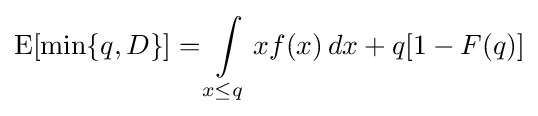
\operatorname {E} [\min\{q,D\}]=\int \limits _{x\leq q}xf(x)\,dx+q[1-F(q)]